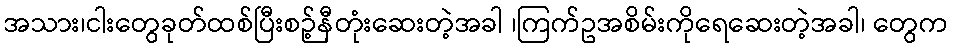
အသား၊ငါးတွေခုတ်ထစ်ပြီးစဉ့်နီတုံးဆေးတဲ့အခါ ၊ကြက်ဥအစိမ်းကိုရေဆေးတဲ့အခါ၊ တွေက